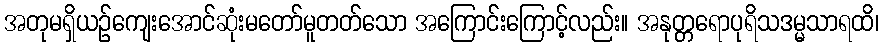
အတုမရှိယဉ်ကျေးအောင်ဆုံးမတော်မူတတ်သော အကြောင်းကြောင့်လည်း။ အနုတ္တရောပုရိသဒမ္မသာရထိ၊